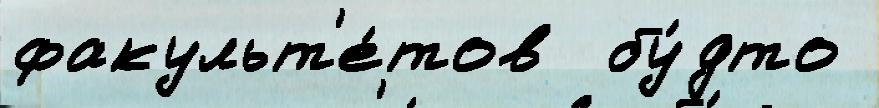
факульт'е́тов  бу́дто